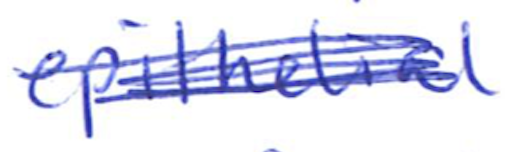
Text: epithelial
Cross-out: scratch
Writing tool: ballpoint